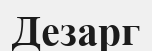
Дезарг